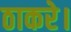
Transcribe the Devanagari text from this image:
ठाकरे।